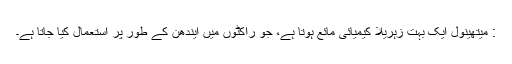
: میتھینول ایک بہت زہریلا کیمیائی مائع ہوتا ہے، جو راکٹوں میں ایندھن کے طور پر استعمال کیا جاتا ہے۔